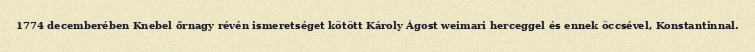
1774 decemberében Knebel őrnagy révén ismeretséget kötött Károly Ágost weimari herceggel és ennek öccsével, Konstantinnal.